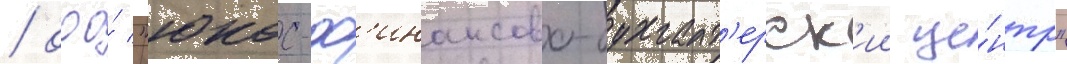
/ ооо́ "юкос-ф'инансово-бухгалт'ерск'ии це́нтр"